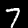
Digit: 7